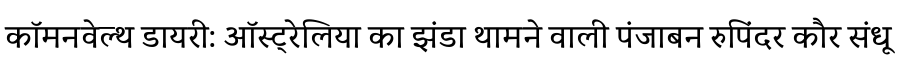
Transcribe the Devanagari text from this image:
कॉमनवेल्थ डायरी: ऑस्ट्रेलिया का झंडा थामने वाली पंजाबन रुपिंदर कौर संधू